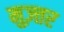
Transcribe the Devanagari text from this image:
मुज़्तर